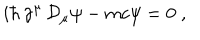
i \hbar \, \gamma ^ { \mu } \, { \mathcal D } _ { \mu } \psi - m c \psi = 0 \; ,